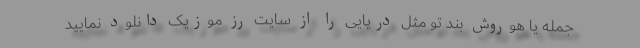
جمله یا هوروش بند تو مثل دریایی را از سایت رز موزیک دانلود نمایید